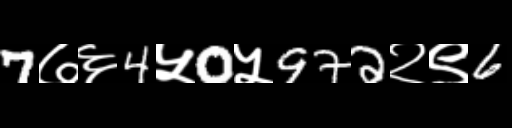
Text: 7७६4५0५972२९6